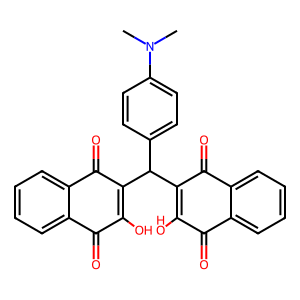
SMILES: CN(C)c1ccc(C(C2=C(O)C(=O)c3ccccc3C2=O)C2=C(O)C(=O)c3ccccc3C2=O)cc1
Inhibits HIV replication: No